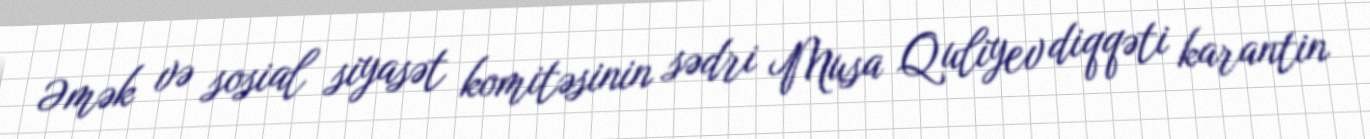
Əmək və sosial siyasət komitəsinin sədri Musa Quliyev diqqəti karantin